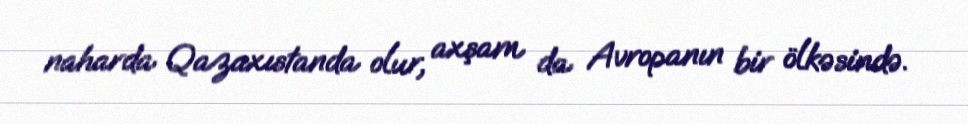
naharda Qazaxıstanda olur, axşam da Avropanın bir ölkəsində.